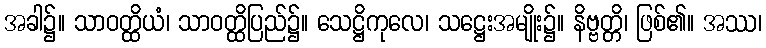
အခါ၌။ သာဝတ္ထိယံ၊ သာဝတ္ထိပြည်၌။ သေဋ္ဌိကုလေ၊ သဋ္ဌေးအမျိုး၌။ နိဗ္ဗတ္တိ၊ ဖြစ်၏။ အဿ၊